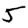
Digit: 5